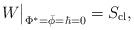
LaTeX: \begin{align*}W\big|_{\Phi^* = \bar\phi = \hbar=0}= S_{\rm cl},\end{align*}